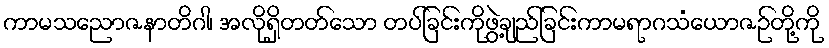
ကာမသညောဇနာတိဂါ၊ အလိုရှိတတ်သော တပ်ခြင်းကိုဖွဲ့ချည်ခြင်းကာမရာဂသံယောဇဉ်တို့ကို